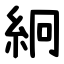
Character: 絅